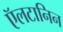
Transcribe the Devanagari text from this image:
ऍलटानिन